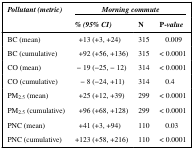
| <ROWSPAN=2> Pollutant (metric) | <COLSPAN=3> Morning commute |
 | % (95% CI) | N | P-value |
 | --- | --- | --- | --- |
 | BC (mean) | +13 (+3, +24) | 315 | 0.009 |
 | BC (cumulative) | +92 (+56, +136) | 315 | < 0.0001 |
 | CO (mean) | − 19 (−25, − 12) | 314 | < 0.0001 |
 | CO (cumulative) | − 8 (−24, +11) | 314 | 0.4 |
 | PM2.5 (mean) | +25 (+12, +39) | 299 | < 0.0001 |
 | PM2.5 (cumulative) | +96 (+68, +128) | 299 | < 0.0001 |
 | PNC (mean) | +41 (+3, +94) | 110 | 0.03 |
 | PNC (cumulative) | +123 (+58, +216) | 110 | < 0.0001 |